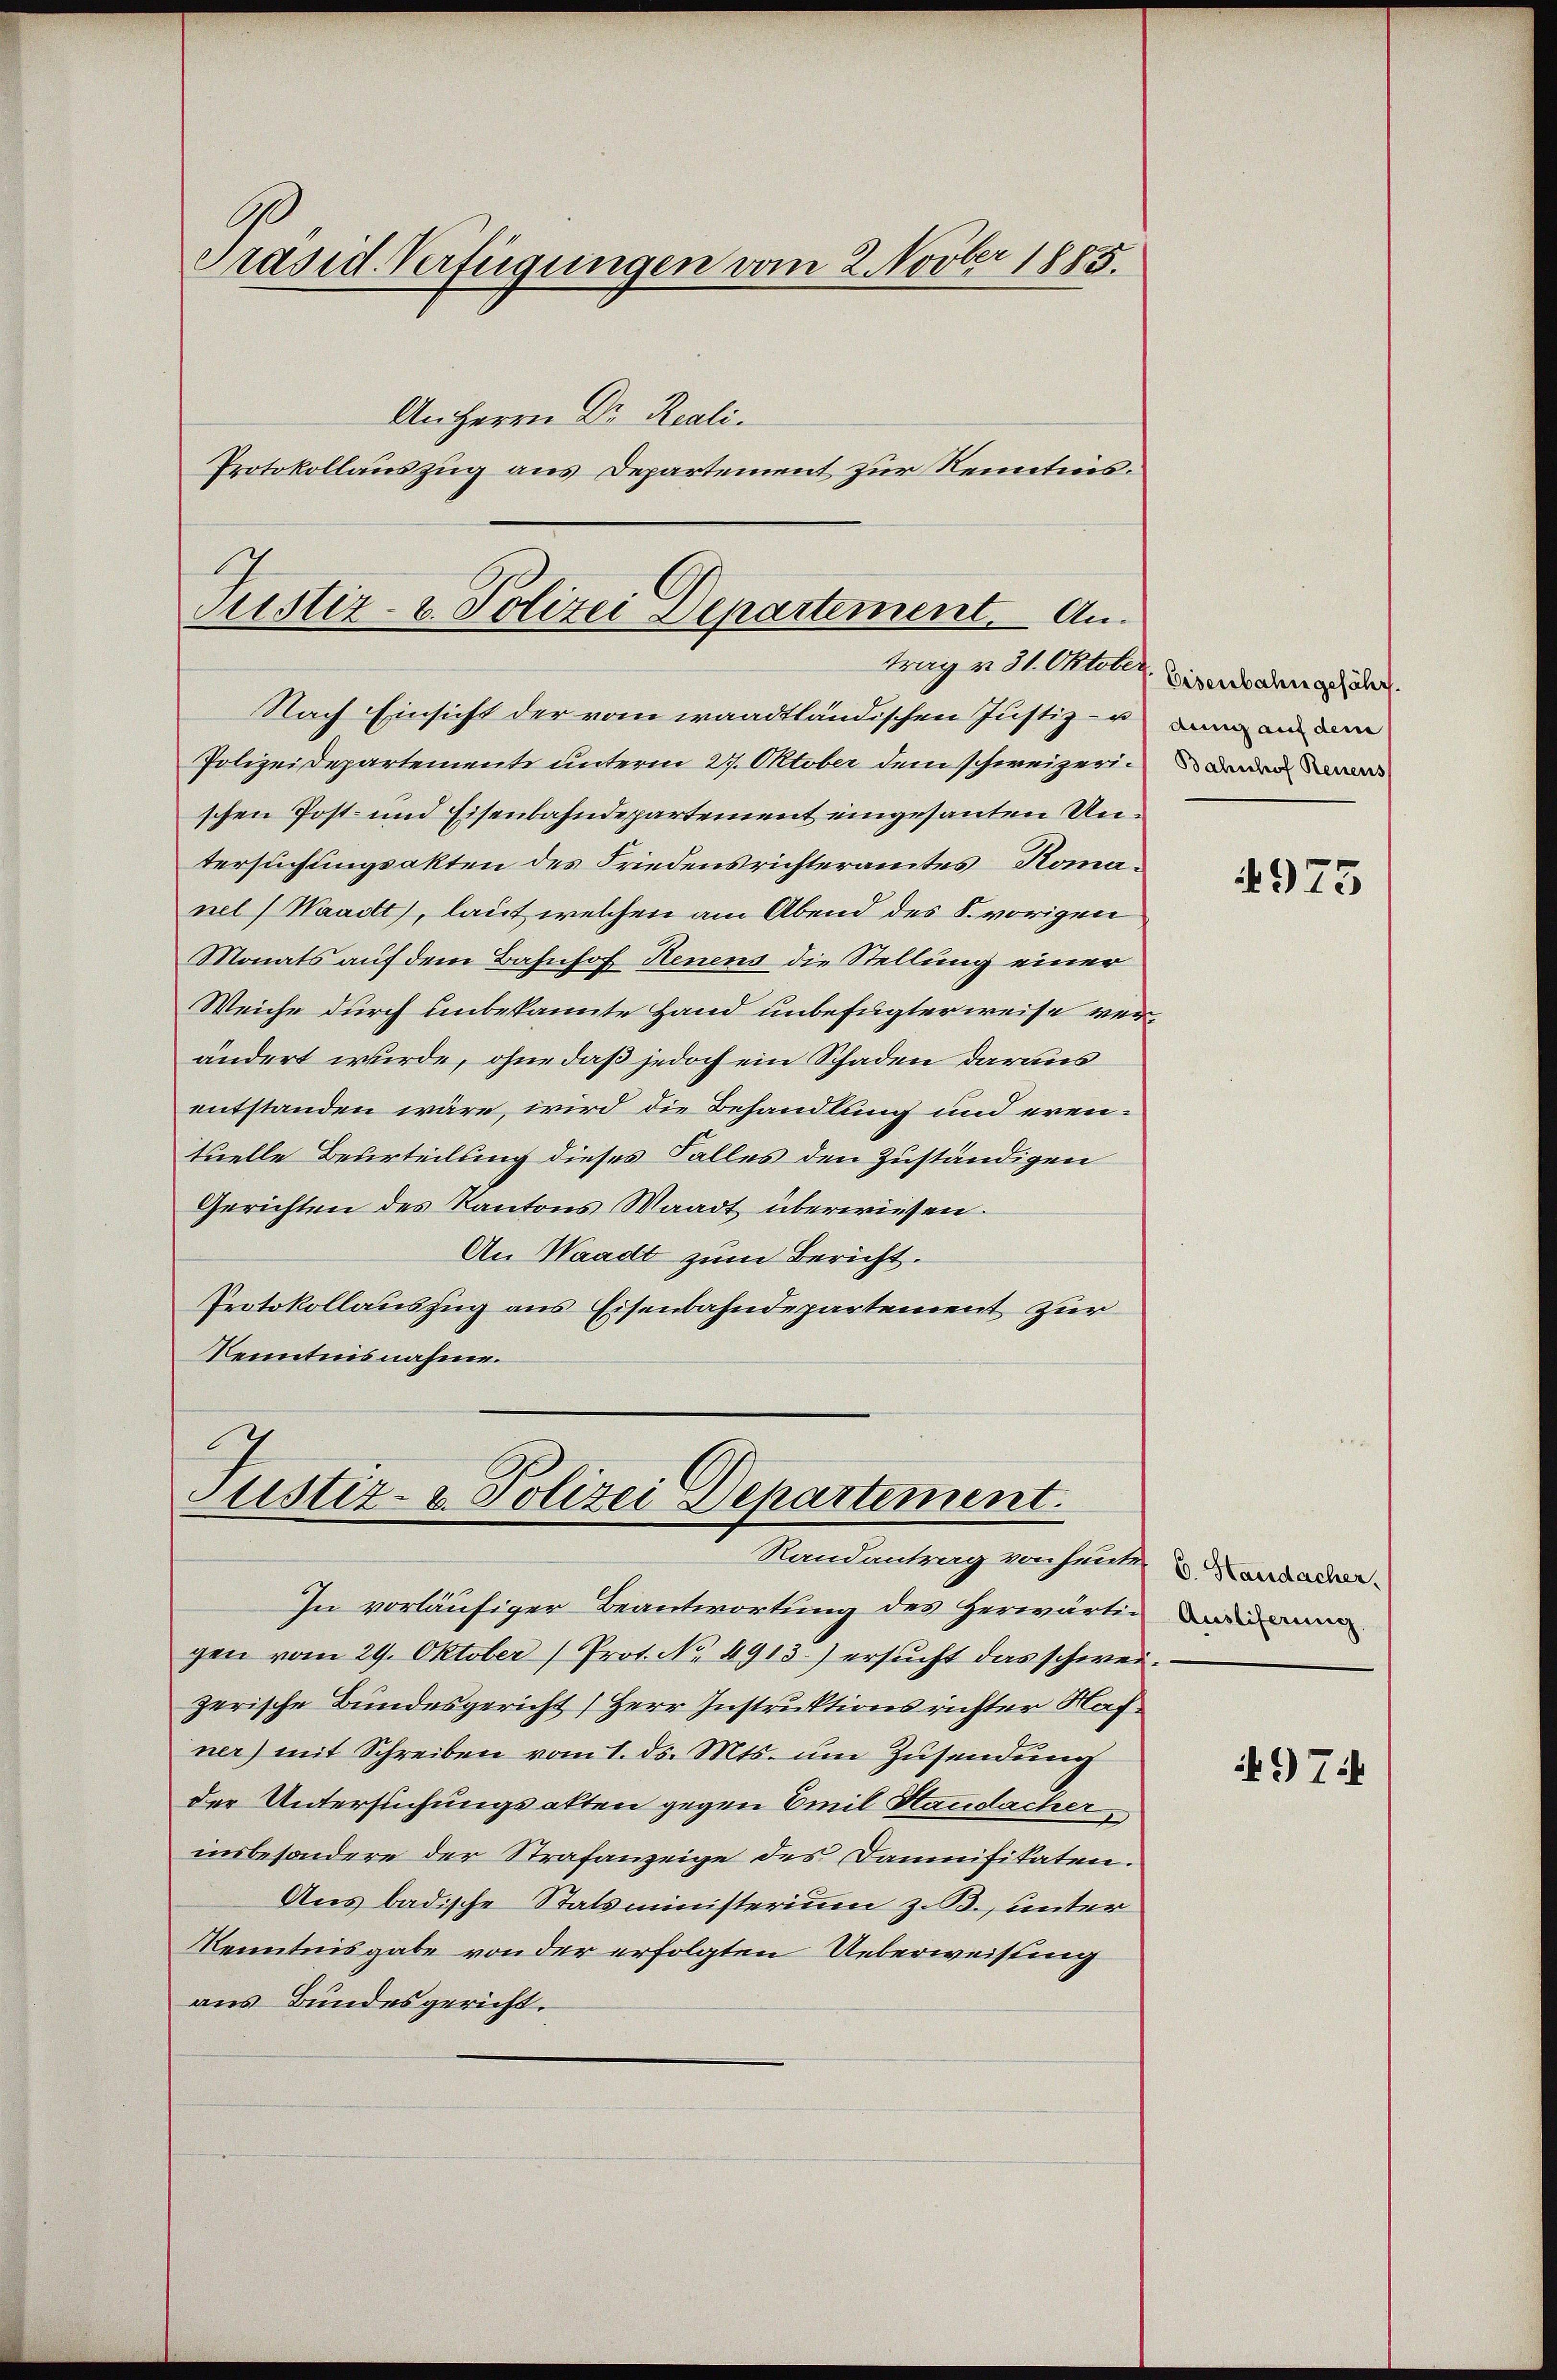
Präsid. Verfügungen vom 2. Novber 1885.
An Herrn Dr. Reali.
Protokollauszug aus Departement zur Kenntnis.

Justiz- & Polizei Departement. An
trag v. 31. Oktober. Eisenbachen gefährt.

Nach Einsicht der vom waadtländischen Justiz zu ain an d
Polizeidepartemente unterm 27. Oktober dem schweizerischen Post- und Eisenbahndepartement eingesanten Untersuchungsakten des Friedensrichteramtes Komanel (Waadt, laut welchen am Abend des S. vorigen
Monats auf dem Bahnhof Renens die Stellung einer
Weiche durch unbekannte Hand unbefugter weise verändert wurde, ohne daß jedoch ein Schaden daraus
entstanden wäre, wird die Behandlung und erentuelle Beurteilung dieses Falles den Zuständigen
Gerichten des Kantons Waadt überwiesen.
An Waadt zum Bericht.
Protokollauszug aus Eisenbahndepartement zur
Kenntnisnahme.

7
Justiz- & Polizei Departement.

Randantrag von heute
In vorläufiger Beantwortung des Herwärtigen vom 29. Oktober) Prot. No. 4913.) ersucht das schweizerische Bundesgericht Herr Instruktionsrichter Hafner) mit Schreiben vom 1. ds. Mts. um Zusendung
der Untersuchungsakten gegen Emil Staudacher,
insbesondere der Strafanzeige des Dammifikaten.
Aus badische Statsministerium z. B., unter
Kenntnisgabe von der erfolgten Ueberweisung
aus Bundesgericht.

Bahnhof Renens

4975

C. Handacher,
Ausliferung

497